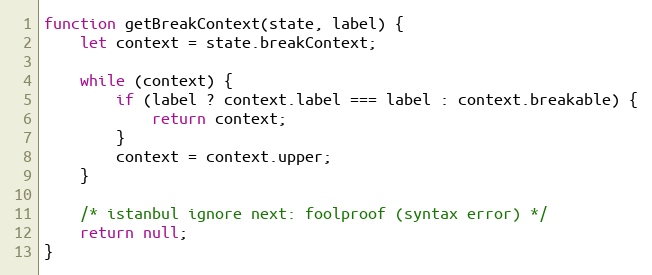
Language: JavaScript
function getBreakContext(state, label) {
    let context = state.breakContext;

    while (context) {
        if (label ? context.label === label : context.breakable) {
            return context;
        }
        context = context.upper;
    }

    /* istanbul ignore next: foolproof (syntax error) */
    return null;
}